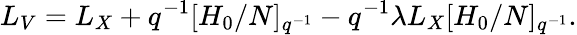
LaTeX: L_{V}=L_{X}+q^{-1}[H_{0}/N]_{q^{-1}}-q^{-1}\lambda L_{X}[H_{0}/N]_{q^{-1}}.